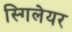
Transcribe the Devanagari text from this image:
स्गिलेयर